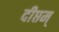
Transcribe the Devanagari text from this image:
दीप्तम्